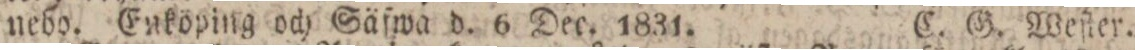
nebo. Enköping och Säfwa d. 6 Dec. 1831.    C. G. Weſter.